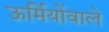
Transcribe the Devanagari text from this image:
ऊर्मियोंवाले